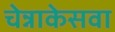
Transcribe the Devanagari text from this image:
चेन्नाकेसवा